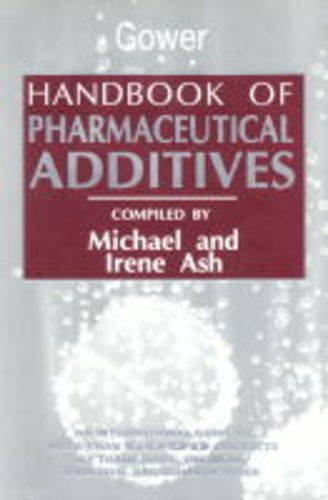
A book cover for Handbook of Pharmaceutical Additives: An International Guide to More Than 6000 Products by Trade Name, Chemical, Function, and Manufacturer; Medical Books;